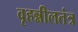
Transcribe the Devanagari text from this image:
वृहन्नीलतंत्र